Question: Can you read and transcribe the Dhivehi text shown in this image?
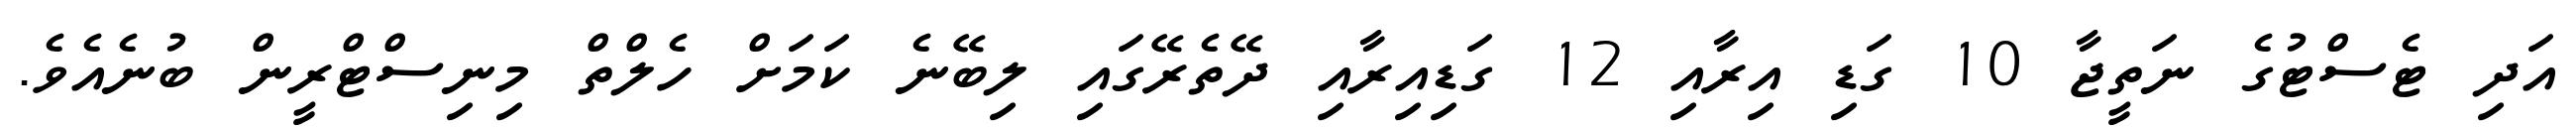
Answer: އަދި ޓެސްޓުގެ ނަތީޖާ 10 ގަޑި އިރާއި 12 ގަޑިއިރާއި ދޭތެރޭގައި ލިބޭނެ ކަމަށް ހެލްތް މިނިސްޓްރީން ބުނެއެވެ.